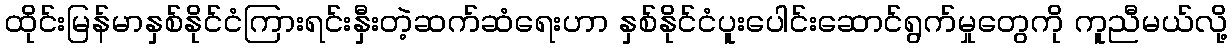
ထိုင်းမြန်မာနှစ်နိုင်ငံကြားရင်းနှီးတဲ့ဆက်ဆံရေးဟာ နှစ်နိုင်ငံပူးပေါင်းဆောင်ရွက်မှုတွေကို ကူညီမယ်လို့